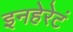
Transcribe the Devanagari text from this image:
इनहेरेटं